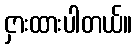
ငှားထားပါတယ်။